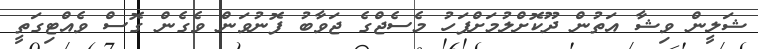
ޝަލީން ވިޝާ އަތުން ދޫކޮށްލުމަށްފަހު މެސެޖްގެ ޖަވާބު ފޮނުވަން ވެގެން ގޮސް ވެއްޓިގަތީ